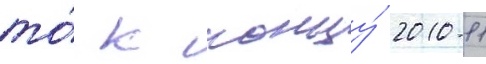
то́ к концу́ 2010-11